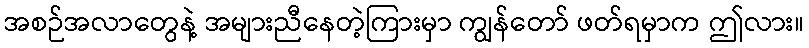
အစဉ်အလာတွေနဲ့ အများညီနေတဲ့ကြားမှာ ကျွန်တော် ဖတ်ရမှာက ဤလား။